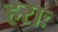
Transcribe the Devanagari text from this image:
हराः